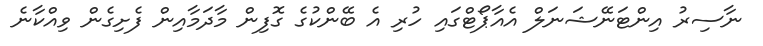
ނާސިރު އިންޓަނޭޝަނަލް އެއާޕޯޓްގައި ހުރި އެ ބޭންކުގެ ގޮފިން މާދަމާއިން ފެށިގެން ވިއްކާނެ